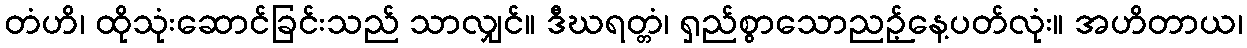
တံဟိ၊ ထိုသုံးဆောင်ခြင်းသည် သာလျှင်။ ဒီဃရတ္တံ၊ ရှည်စွာသောညဉ့်နေ့ပတ်လုံး။ အဟိတာယ၊